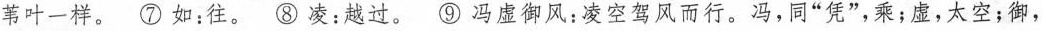
苇叶一样。⑦ 如：往。⑧ 凌：越过。⑨ 冯虚御风：凌空驾风而行。冯，同”凭”，乘；虚，太空；御，